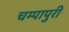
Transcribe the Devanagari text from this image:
चम्‍पापुरी